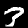
Digit: 3